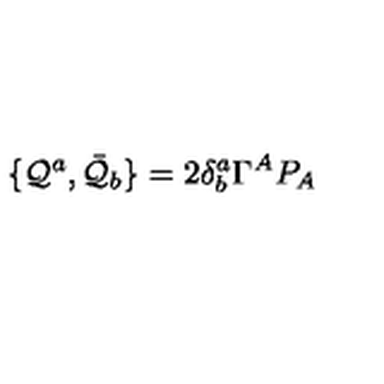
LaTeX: \{ { \cal Q } ^ { a } , \bar { { \cal Q } } _ { b } \} = 2 \delta _ { b } ^ { a } \Gamma ^ { A } P _ { A }